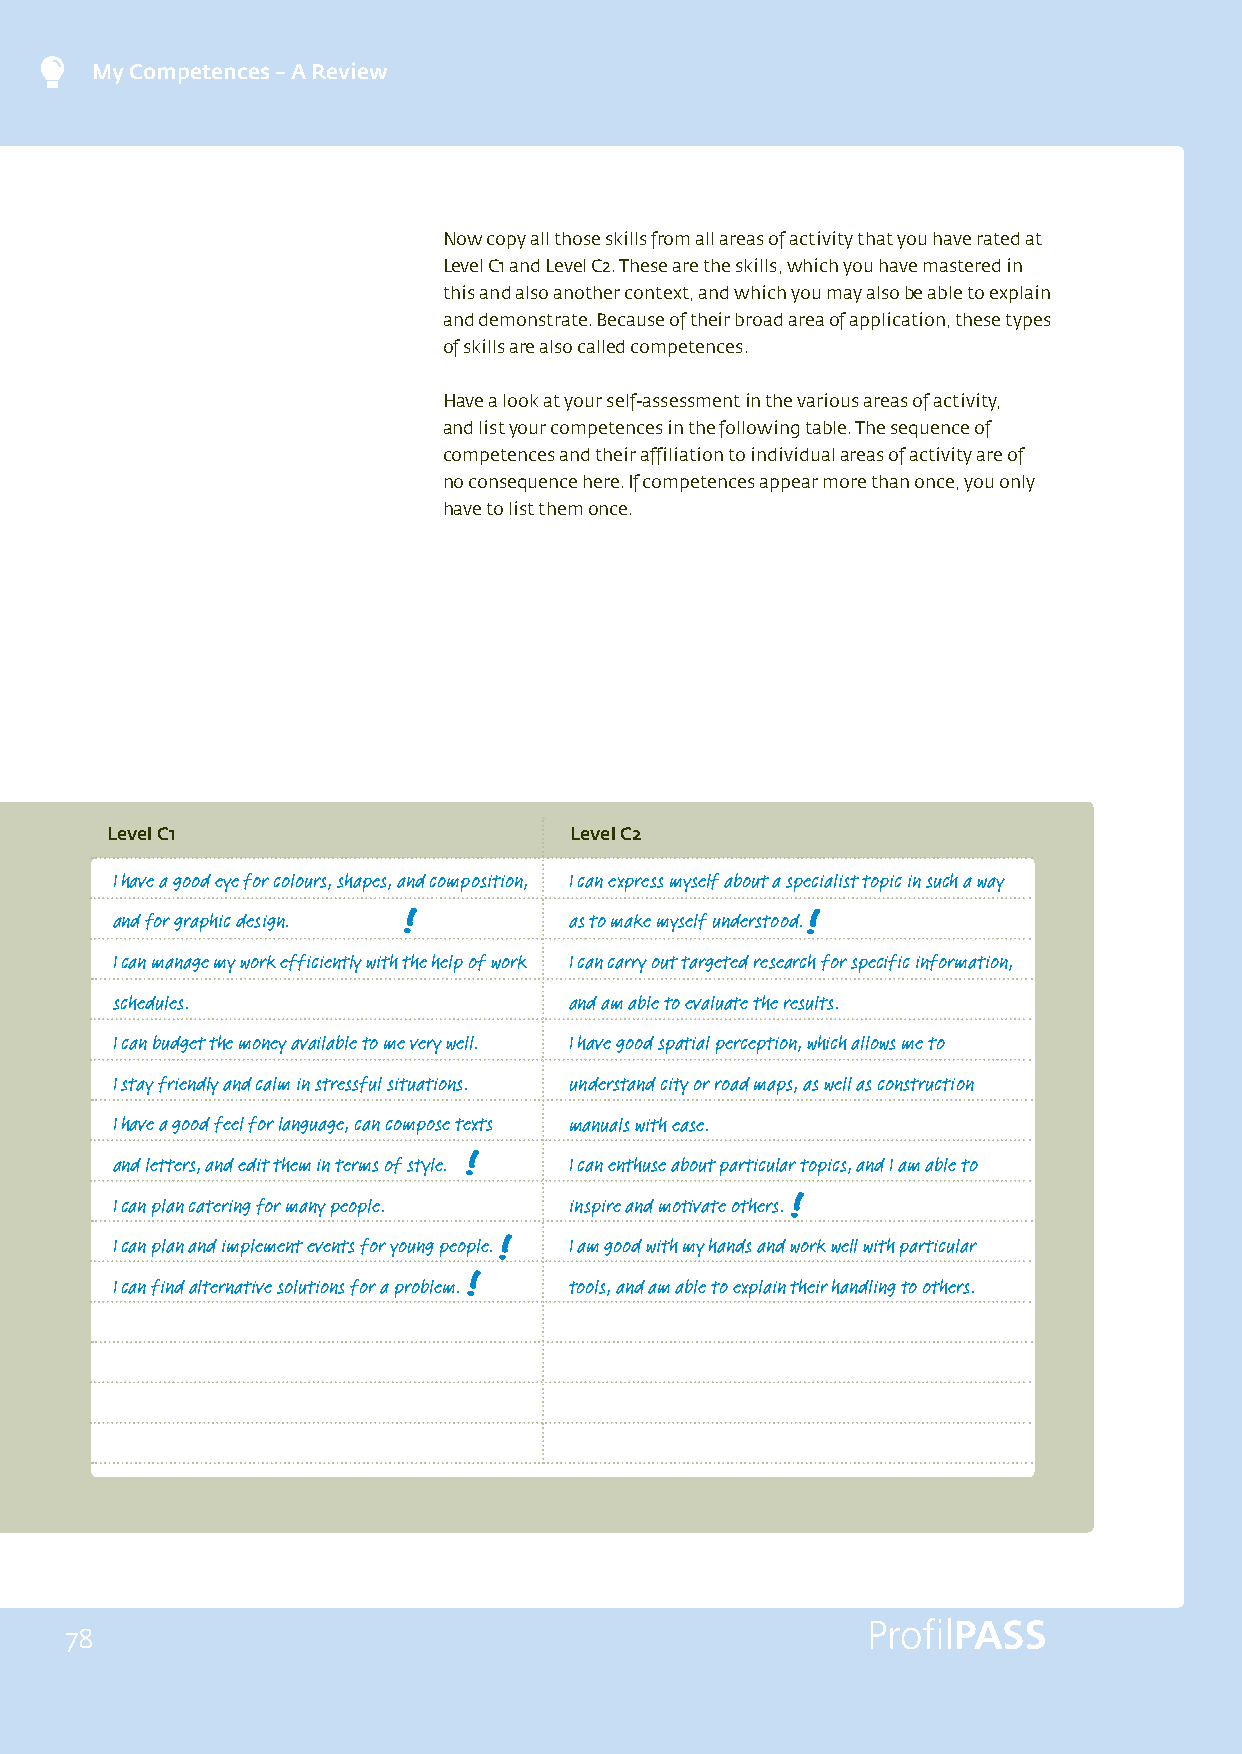
My Competences – A Review
 Now copy all those skills from all areas of activity that you have rated at
 Level C1 and Level C2. These are the skills, which you have mastered in
 this and also another context, and which you may also be able to explain
 and demonstrate. Because of their broad area of application, these types
 of skills are also called competences.
 Have a look at your self-assessment in the various areas of activity,
 and list your competences in the following table. The sequence of
 competences and their affiliation to individual areas of activity are of
 no consequence here. If competences appear more than once, you only
 have to list them once.
 Level C1                       Level C2
 I have a good eye for colours, shapes, and composition, I can express myself about a specialist topic in such a way
 and for graphic design.        as to make myself understood.
 I can manage my work efficiently with the help of work I can carry out targeted research for specific information,
 schedules.                     and am able to evaluate the results.
 I can budget the money available to me very well. I have good spatial perception, which allows me to
 I stay friendly and calm in stressful situations. understand city or road maps, as well as construction
 I have a good feel for language, can compose texts manuals with ease.
 and letters, and edit them in terms of style. I can enthuse about particular topics, and I am able to
 I can plan catering for many people. inspire and motivate others.
 I can plan and implement events for young people. I am good with my hands and work well with particular
 I can find alternative solutions for a problem. tools, and am able to explain their handling to others.
 78